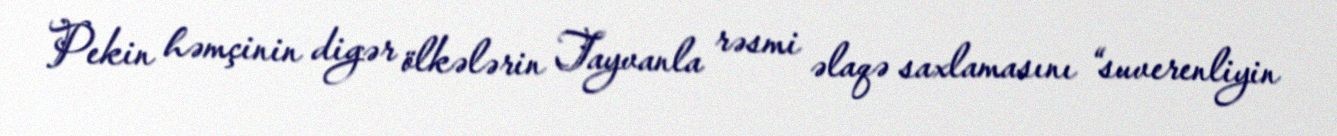
Pekin həmçinin digər ölkələrin Tayvanla rəsmi əlaqə saxlamasını “suverenliyin